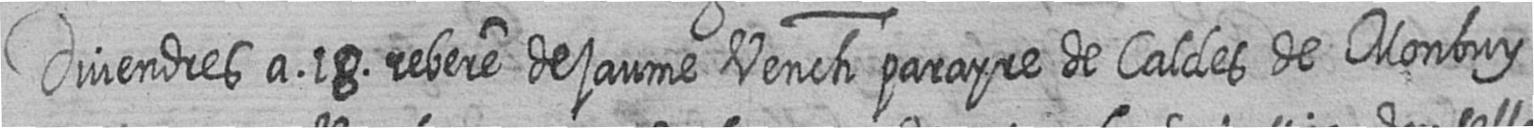
Divendres a 18 rebere de jaume Vench parayre de Caldes de Monbuy